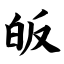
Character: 皈